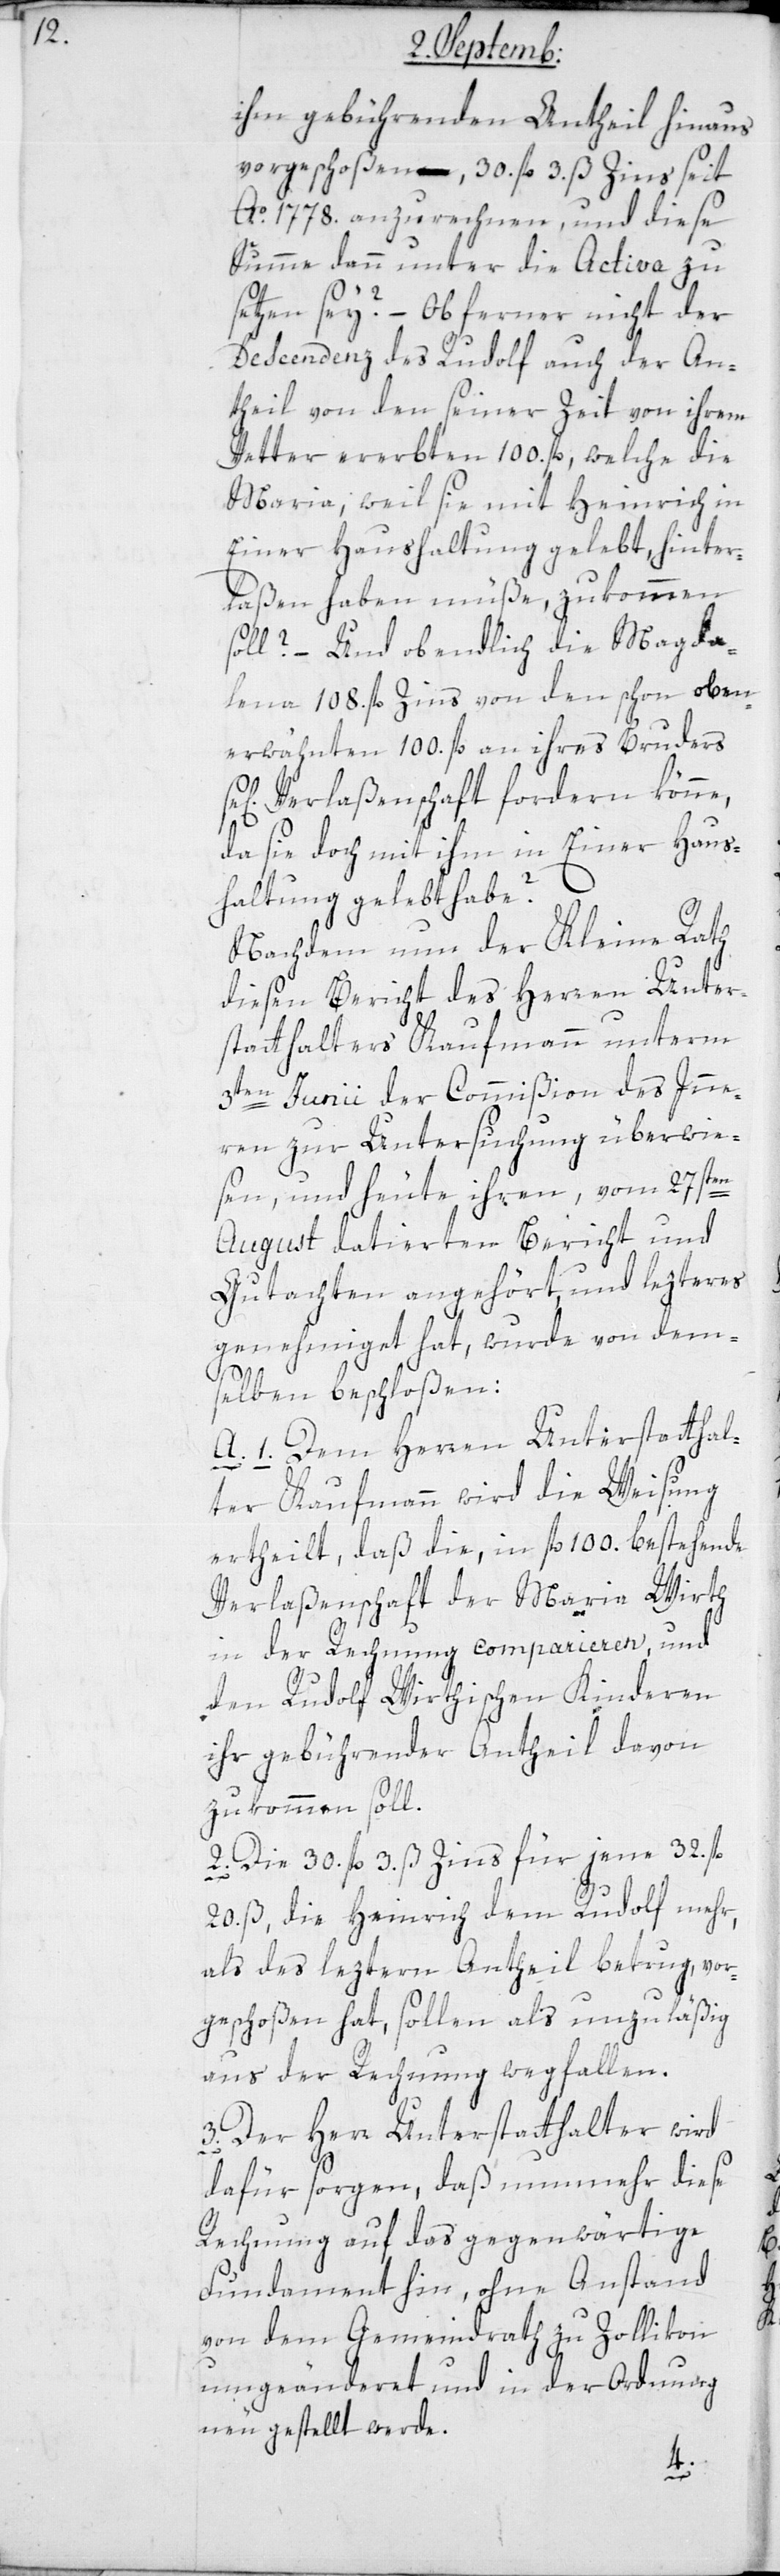
ihm gebührenden Antheil hinaus
vorgeschoßen, 30. fl. 3. ß Zins seit
Ao. 1778. anzurechnen, und diese
Summe dann unter die Activa zu¬
setzen sey? – Ob ferner nicht der
Descendenz des Rudolf auch der An¬
theil von den seiner Zeit von ihrem
Vetter ererbten 100. fl., welche die
Maria, weil sie mit Heinrich in
einer Haushaltung gelebt, hinter¬
laßen haben müße, zukommen
soll? – Und ob endlich die Magda¬
lena 108. fl. Zins von den schon oben
erwähnten 100. fl. an ihres Bruders
sel. Verlaßenschaft fordern könne,
da sie doch mit ihm in Einer Haus¬
haltung gelebt habe?
Nachdem nun der Kleine Rath
diesen Bericht des Herren Unter¬
statthalters Kaufmann unterm
3ten Junii der Commißion des Inne¬
rn zur Untersuchung überwie¬
sen, und heute ihren, vom 27sten
August datierten Bericht und
Gutachten angehört, und letzteres
genehmiget hat, wurde von dem¬
selben beschloßen:
A. 1. Dem Herren Unterstatthal¬
ter Kaufmann wird die Weisung
ertheilt, daß die, in fl. 100. bestehende
Verlaßenschaft der Maria Wirth
in der Rechnung comparieren, und
den Rudolf Wirthischen Kinderen
ihr gebührender Antheil davon
zukommen soll.
2. Die 30. fl. 3. ß Zins für jene 32. fl.
20. ß, die Heinrich dem Rudolf mehr
als des letzten Antheil betrug, vor¬
geschoßen hat, sollen als unzuläßig
aus der Rechnung wegfallen.
3. Der Herr Unterstatthalter wird
dafür sorgen, daß nunmehr diese
Rechnung auf das gegenwärtige
Fundament hin, ohne Anstand
von dem Gemeindrath zu Zollikon
umgeänderet und in der Ordnung
neu gestellt werde.